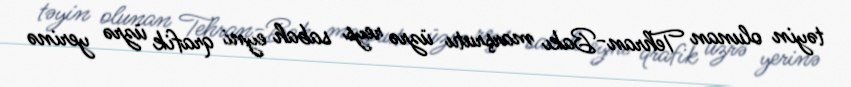
təyin olunan Tehran-Bakı marşrutu üzrə reys sabah eyni qrafik üzrə yerinə